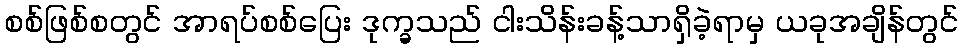
စစ်ဖြစ်စတွင် အာရပ်စစ်ပြေး ဒုက္ခသည် ငါးသိန်းခန့်သာရှိခဲ့ရာမှ ယခုအချိန်တွင်